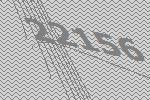
22156